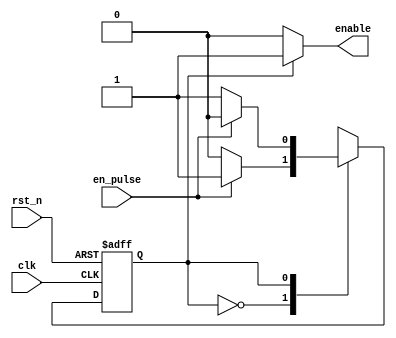
module fsm(
    enable,
    en_pulse,
    clk,
    rst_n
);
output enable;
input en_pulse, clk, rst_n;
reg enable;
reg state, state_tmp;

always @*
    case (state)
        1'b0:
        if (en_pulse)
            state_tmp = 1'b1;
        else 
            state_tmp = state;
        1'b1:
        if (en_pulse)
            state_tmp = 1'b0;
        else
            state_tmp = state;
            
        default:
            state_tmp = 1'b0;
    endcase

always @*
    if (state == 1'b0)
        enable = 1'b0;
    else if (state == 1'b1)
        enable = 1'b1;
    else
        enable = 1'b0;

always @(posedge clk or negedge rst_n)
    if (~rst_n)
        state <= 1'b0;
    else
        state <= state_tmp;

endmodule